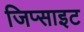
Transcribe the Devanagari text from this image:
जिप्साइट